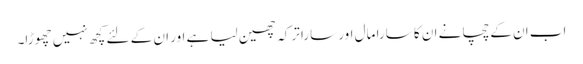
اب ان کے چچا نے ان کا سارا مال اور سارا ترکہ چھین لیا ہے اور ان کے لئے کچھ نہیں چھوڑا۔